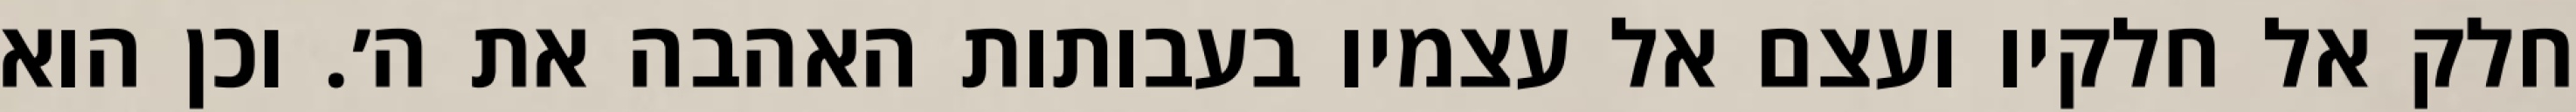
חלק אל חלקיו ועצם אל עצמיו בעבותות האהבה את ה׳. וכן הוא